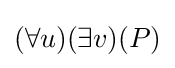
(\forall u)(\exists v)(P)